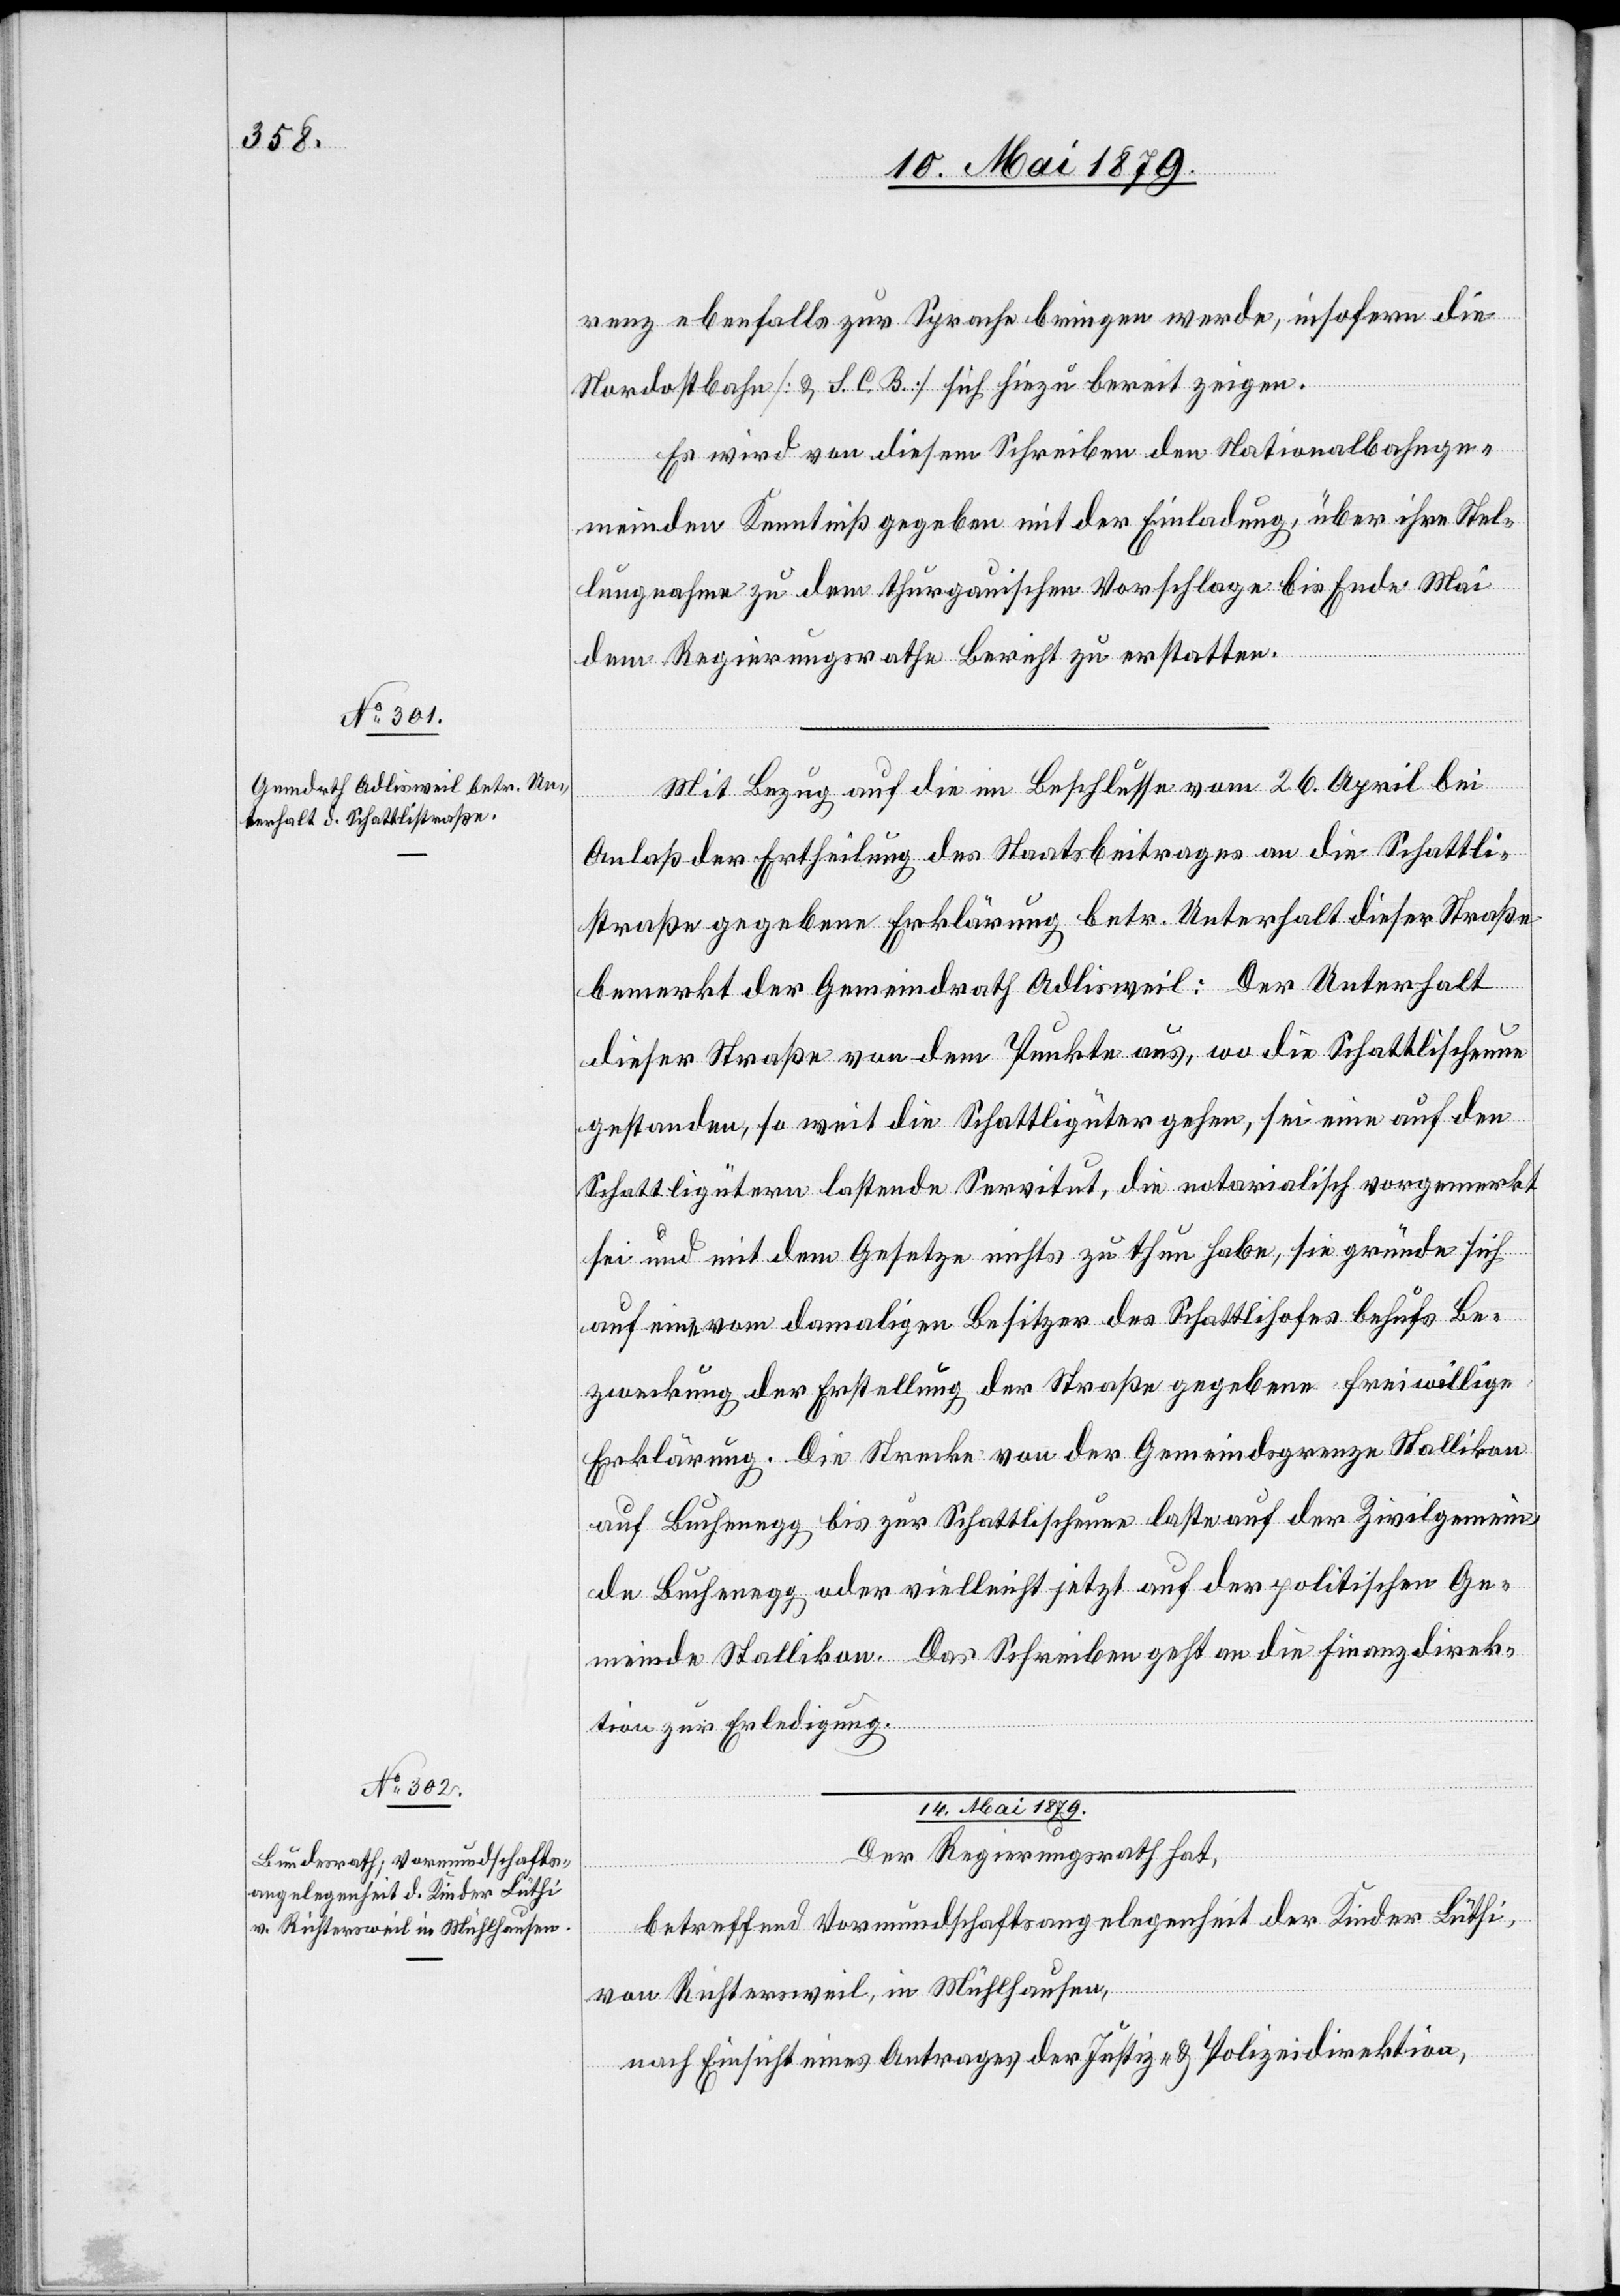
13. Mai 1879.]
renz ebenfalls zur Sprache bringen werde, insofern die
Nordostbahn [& S. C. B.] sich hiezu bereit zeigen.
Es wird von diesem Schreiben den Nationalbahnge¬
meinden Kenntniß gegeben mit der Einladung, über ihre Stel¬
lungnahme zu dem thurgauischen Vorschlage bis Ende Mai
dem Regierungsrathe Bericht zu erstatten.
Mit Bezug auf die im Beschlusse vom 26. April bei
Anlaß der Ertheilung des Staatsbeitrages an die Schattli¬
straße gegebene Erklärung betr. Unterhalt dieser Straße
bemerkt der Gemeindrath Adlisweil: Der Unterhalt
dieser Straße von dem Punkte aus, wo die Schattlischeune
gestanden, so weit die Schattligüter gehen, sei eine auf den
Schattligütern lastende Servitut, die notarialisch vorgemerkt
sei und mit dem Gesetze nichts zu thun habe, sie gründe sich
auf eine vom damaligen Besitzer des Schattlihofes behufs Be¬
zweckung der Erstellung der Straße gegebene freiwillige
Erklärung. Die Strecke von der Gemeindsgrenze Stallikon
auf Buchenegg bis zur Schattlischeune laste auf der Zivilgemein¬
de Buchenegg oder vielleicht jetzt auf der politischen Ge¬
meinde Stallikon. Das Schreiben geht an die Finanzdirek¬
tion zur Erledigung.
14. Mai 1879.
Der Regierungsrath hat,
betreffend Vormundschaftsangelegenheit der Kinder Lüthi,
von Richtersweil, in Mühlhausen,
nach Einsicht eines Antrages der Justiz- & Polizeidirektion,